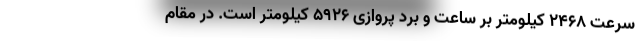
سرعت 2468 کیلومتر بر ساعت و برد پروازی 5926 کیلومتر است. در مقام